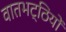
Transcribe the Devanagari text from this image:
वातभट्ठियों